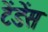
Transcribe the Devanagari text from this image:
टेंडेंस